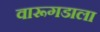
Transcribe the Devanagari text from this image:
वारूगडाला